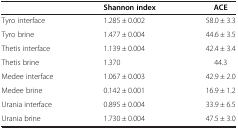
|  | Shannon index | ACE |
 | --- | --- | --- |
 | Tyro interface | 1.285 ± 0.002 | 58.0 ± 3.3 |
 | Tyro brine | 1.477 ± 0.004 | 44.6 ± 3.5 |
 | Thetis interface | 1.139 ± 0.004 | 42.4 ± 3.4 |
 | Thetis brine | 1.370 | 44.3 |
 | Medee interface | 1.067 ± 0.003 | 42.9 ± 2.0 |
 | Medee brine | 0.142 ± 0.001 | 16.9 ± 1.2 |
 | Urania interface | 0.895 ± 0.004 | 33.9 ± 6.5 |
 | Urania brine | 1.730 ± 0.004 | 47.5 ± 3.0 |